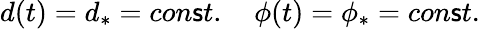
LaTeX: d(t)=d_{\ast}=con\mathsf{s}t.\quad\phi(t)=\phi_{\ast}=con\mathsf{s}t.